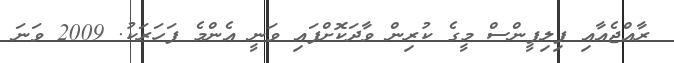
ރާއްޖެއާއި ފިލިޕީންސް މީގެ ކުރިން ވާދަކޮށްފައި ވަނީ އެންމެ ފަހަރަކު. 2009 ވަނަ